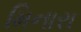
મિનારા